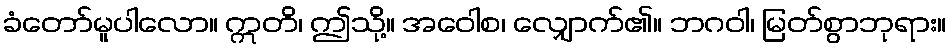
ခံတော်မူပါလော။ ဣတိ၊ ဤသို့။ အဝေါစ၊ လျှောက်၏။ ဘဂဝါ၊ မြတ်စွာဘုရား။